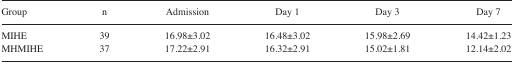
<table><thead><tr><td><b>Group</b></td><td><b>n</b></td><td><b>Admission</b></td><td><b>Day 1</b></td><td><b>Day 3</b></td><td><b>Day 7</b></td></tr></thead><tbody><tr><td>MIHE</td><td>39</td><td>16.98±3.02</td><td>16.48±3.02</td><td>15.98±2.69</td><td>14.42±1.23</td></tr><tr><td>MHMIHE</td><td>37</td><td>17.22±2.91</td><td>16.32±2.91</td><td>15.02±1.81</td><td>12.14±2.02</td></tr></tbody></table>